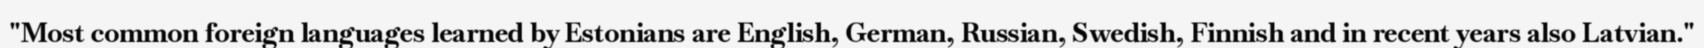
"Most common foreign languages learned by Estonians are English, German, Russian, Swedish, Finnish and in recent years also Latvian."